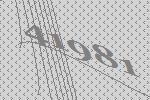
41981